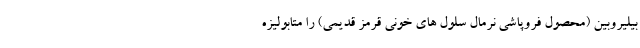
بیلیروبین (محصول فروپاشی نرمال سلول های خونی قرمز قدیمی) را متابولیزه